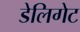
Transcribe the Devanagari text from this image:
डेलिगेट